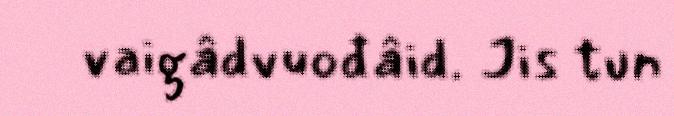
vaigâdvuođâid. Jis tun